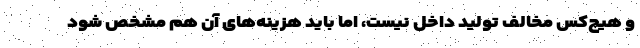
و هیچ‌کس مخالف تولید داخل نیست، اما باید هزینه‌های آن هم مشخص شود